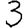
Digit: 3